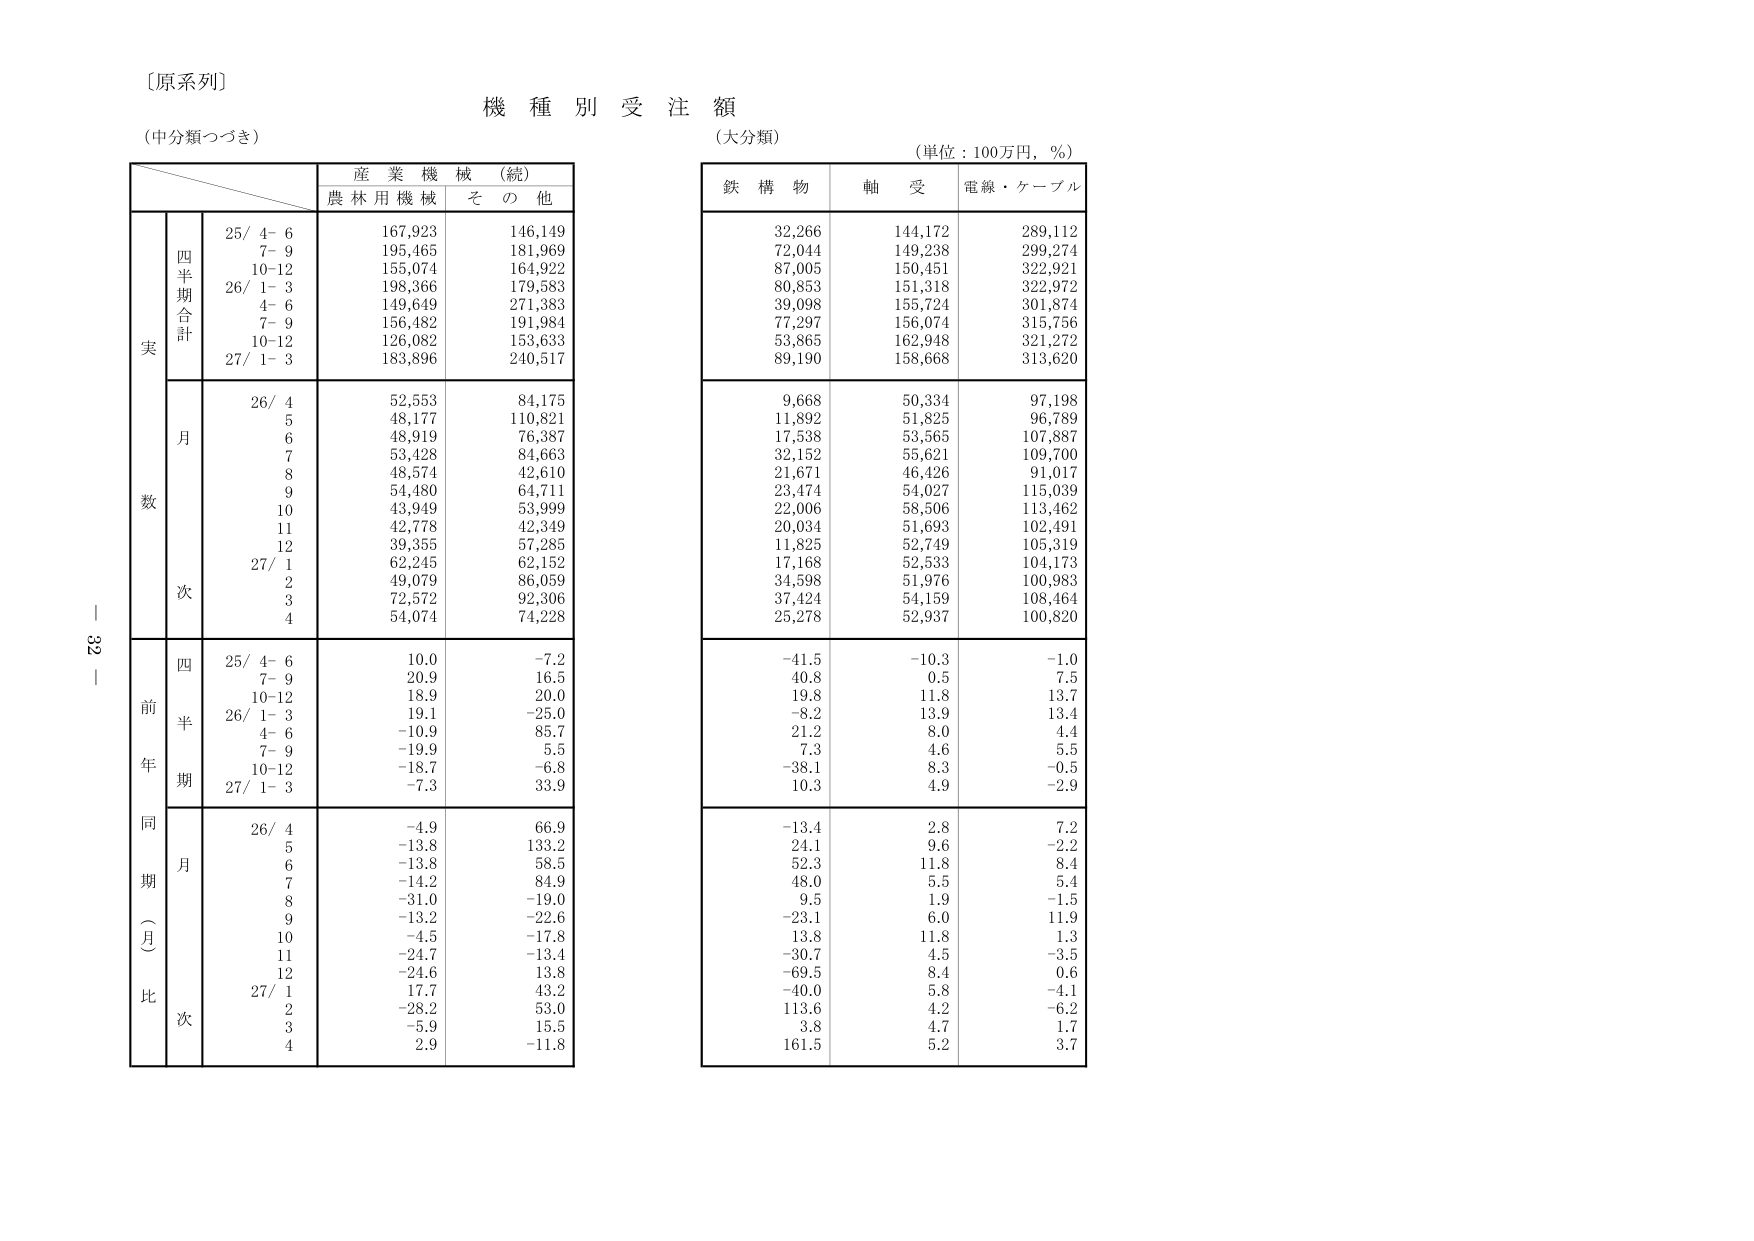
〔原系列〕
機種別受注額
（中分類つづき）
（大分類）
（単位：100万円，％）

産業機械（続）
農林用機械　その他

鉄構物　軸受　電線・ケーブル

実
四半期合計
25/ 4- 6　167,923　146,149
　7- 9　195,465　181,969
　10-12　155,074　164,922
26/ 1- 3　198,366　179,583
　4- 6　149,649　271,383
　7- 9　156,482　191,984
　10-12　126,082　153,633
27/ 1- 3　183,896　240,517

月
26/ 4　52,553　84,175
　5　48,177　110,821
　6　48,919　76,387
　7　53,428　84,663
　8　48,574　42,610
　9　54,480　64,711
　10　43,949　53,999
　11　42,778　42,349
　12　39,355　57,285
27/ 1　62,245　62,152
　2　49,079　86,059
　3　72,572　92,306
　4　54,074　74,228

前年同期（月比）
四半期
25/ 4- 6　10.0　-7.2
　7- 9　20.9　16.5
　10-12　18.9　20.0
26/ 1- 3　19.1　-25.0
　4- 6　-10.9　85.7
　7- 9　-19.9　5.5
　10-12　-18.7　-6.8
27/ 1- 3　-7.3　33.9

月
26/ 4　-4.9　66.9
　5　-13.8　133.2
　6　-13.8　58.5
　7　-14.2　84.9
　8　-31.0　-19.0
　9　-13.2　-22.6
　10　-4.5　-17.8
　11　-24.7　-13.4
　12　-24.6　13.8
27/ 1　17.7　43.2
　2　-28.2　53.0
　3　-5.9　15.5
　4　2.9　-11.8

32

32,266　144,172　289,112
72,044　149,238　299,274
87,005　150,451　322,921
80,853　151,318　322,972
39,098　155,724　301,874
77,297　156,074　315,756
53,865　162,948　321,272
89,190　158,668　313,620

9,668　50,334　97,198
11,892　51,825　96,789
17,538　53,565　107,887
32,152　55,621　109,700
21,671　46,426　91,017
23,474　54,027　115,039
22,006　58,506　113,462
20,034　51,693　102,491
11,825　52,749　105,319
17,168　52,533　104,173
34,598　51,976　100,983
37,424　54,159　108,464
25,278　52,937　100,820

-41.5　-10.3　-1.0
40.8　0.5　7.5
19.8　11.8　13.7
-8.2　13.9　13.4
21.2　8.0　4.4
7.3　4.6　5.5
-38.1　8.3　-0.5
10.3　4.9　-2.9

-13.4　2.8　7.2
24.1　9.6　-2.2
52.3　11.8　8.4
48.0　5.5　5.4
9.5　1.9　-1.5
-23.1　6.0　11.9
13.8　11.8　1.3
-30.7　4.5　-3.5
-69.5　8.4　0.6
-40.0　5.8　-4.1
113.6　4.2　-6.2
3.8　4.7　1.7
161.5　5.2　3.7